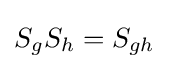
S_{g}S_{h}=S_{gh}